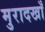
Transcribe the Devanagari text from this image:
मुरादखाँ